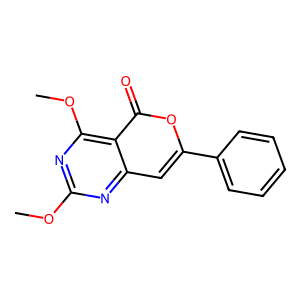
SMILES: COc1nc(OC)c2c(=O)oc(-c3ccccc3)cc2n1
Inhibits HIV replication: No